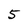
Character: 5